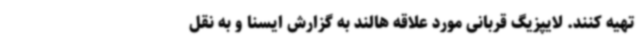
تهیه کنند. لایپزیگ قربانی مورد علاقه هالند به گزارش ایسنا و به نقل